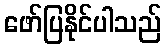
ဖော်ပြနိုင်ပါသည်